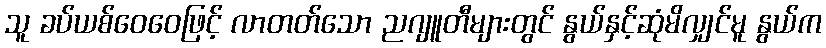
သူ ခပ်ယစ်ဝေဝေဖြင့် လာတတ်သော ညဂျူတီများတွင် နွယ်နှင့်ဆုံမိလျှင်မူ နွယ်က